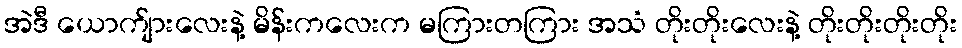
အဲဒီ ယောက်ျားလေးနဲ့ မိန်းကလေးက မကြားတကြား အသံ တိုးတိုးလေးနဲ့ တိုးတိုးတိုးတိုး